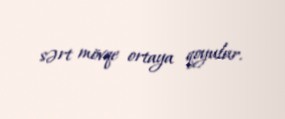
sərt mövqe ortaya qoyulur.